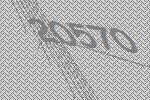
20570